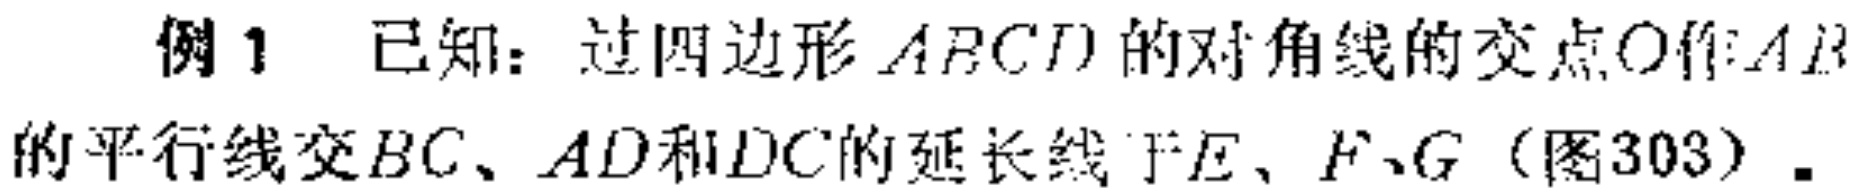
例1 已知：过四边形 \(ABCD\) 的对角线的交点 \(O\) 作 \(AB\) 的平行线交 \(BC\)、\(AD\) 和 \(DC\)的延长线于 \(E\)、\(F\)、\(G\)（图303）.